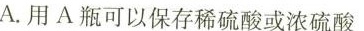
A.用A瓶可以保存稀硫酸或浓硫酸